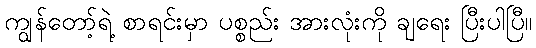
ကျွန်တော့်ရဲ့ စာရင်းမှာ ပစ္စည်း အားလုံးကို ချရေး ပြီးပါပြီ။